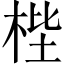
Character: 梐